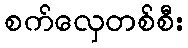
စက်လှေတစ်စီး